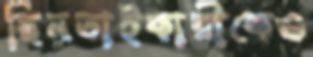
ছিনতাইকারীকেও